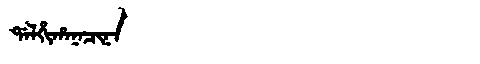
Manchu: ᡩᠠᠯᡥᡳᡥᠠᠨᠠᠴᡳᠨᠠ
Romanization: DALHIHANACINA